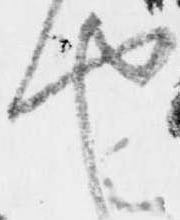
や